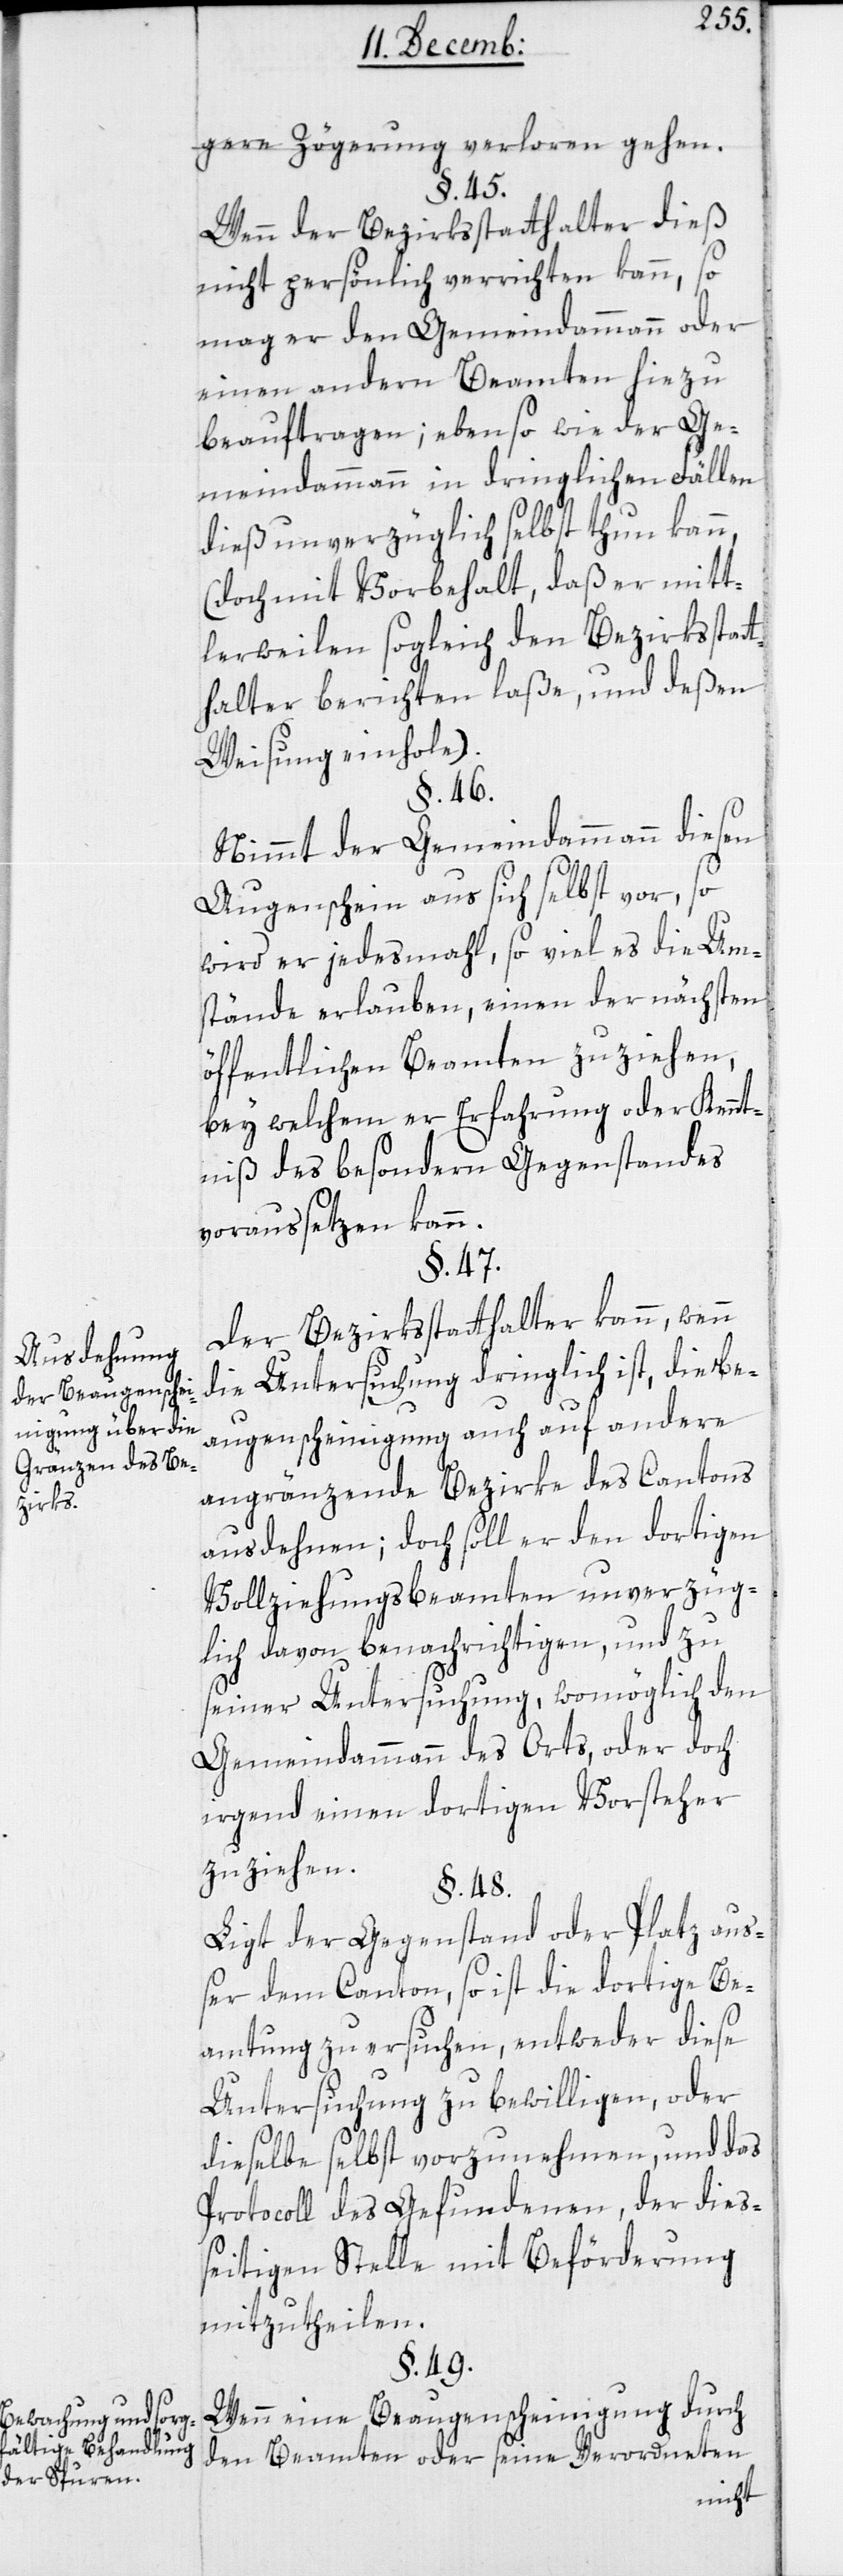
Ausdehnung
der Beaugenschei¬
nigung über die
Gränzen des Be¬
zirks.
Bewachung und sorg¬
fältige Behandlung
der Spuren.

gere Zögerung verloren gehen.
§. 45.
Wenn der Bezirksstatthalter dieß
nicht persönlich verrichten kann, so
mag er den Gemeindammann oder
einen andern Beamten hiezu
beauftragen; ebenso wie der Ge¬
meindammann in dringlichen Fällen
dieß unverzüglich selbst thun kann,
(doch mit Vorbehalt, daß er mitt¬
lerweilen sogleich den Bezirksstat¬
thalter berichten laße, und deßen
Weisung einhole).
§. 46.
Nimmt der Gemeindammann diesen
Augenschein aus sich selbst vor, so
wird er jedes Mal, so viel es die Um¬
stände erlauben, einen der nächsten
öffentlichen Beamten zuziehen,
bey welchem er Erfahrung oder Kennt¬
niß des besondern Gegenstandes
voraussetzen kann.
§. 47.
Der Bezirksstatthalter kann, wenn
die Untersuchung dringlich ist, die Be¬
augenscheinigung auch auf andere
angrenzände Bezirke des Cantons
ausdehnen; doch soll er den dortigen
Vollziehungsbeamten unverzüg¬
lich davon benachrichtigen, und zu
seiner Untersuchung, womöglich den
Gemeindammann des Orts, oder doch
irgend einen dortigen Vorsteher
zuziehen.
§. 48.
Liegt der Gegenstand oder Platz auß¬
er dem Canton, so ist die dortige Be¬
amtung zu ersuchen, entweder diese
Untersuchung zu bewilligen, oder
dieselbe selbst vorzunehmen, und das
Protocoll des Gefundenen, der die¬
ßeitigen Stelle mit Beförderung
mitzutheilen.
§. 49.
Wenn eine Beaugenscheinigung durch
den Beamten oder seine Verordneten